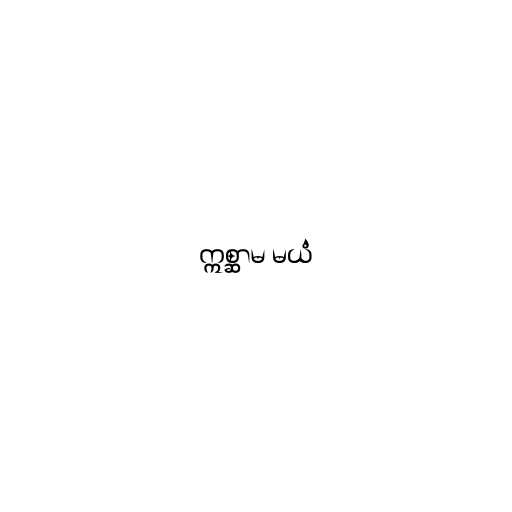
ဣစ္ဆာမ မယံ